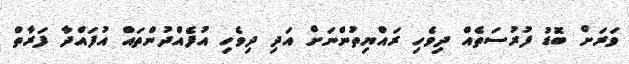
ވަރަށް ބޮޑު ފުރުސަތެއް ދިވެހި ރައްޔިތުންނަށް އަދި ދިވެހި އުފެއްދުންތައް އުފައްދާ ފަރާތް